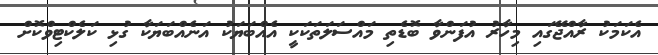
އެކަމަކު ރާއްޖޭގައި މިހާރު އުފަންވާ ބޮޑެތި މައްސަލަތަކަކީ އެއްބަޔަކު އަނެއްބަޔަކާ ގުޅި ކަލެކްޓިވްކޮށް